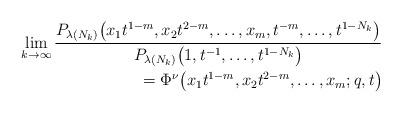
LaTeX: \begin{align*}\lim_{k\rightarrow\infty}{ \frac{P_{\lambda(N_k)}\big(x_1 t^{1-m}, x_2 t^{2-m}, \dots, x_m, t^{-m}, \dots, t^{1 - N_k}\big)}{P_{\lambda(N_k)}\big(1, t^{-1}, \dots, t^{1 - N_k}\big)} }\\\qquad{} = \Phi^{\nu}\big(x_1 t^{1-m}, x_2 t^{2-m}, \dots, x_m; q, t\big)\end{align*}